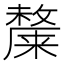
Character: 𭤎